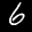
Label: 6